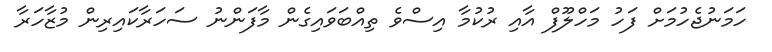
ހަމަނުޖެހުމަށް ފަހު މަހްލޫފް އާއި ރުކުމާ އިސްވެ ތިއްބަވައިގެން މާފަންނު ސަހަރާކައިރިން މުޒާހަރާ